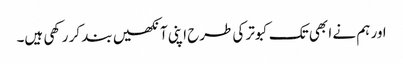
اور ہم نے ا بھی تک کبوتر کی طرح اپنی آنکھیں بند کر رکھی ہیں۔